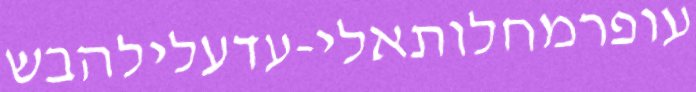
עופרמחלותאלי-עדעלילהבש